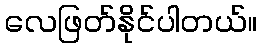
လေဖြတ်နိုင်ပါတယ်။